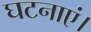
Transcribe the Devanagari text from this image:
घटनाएं।